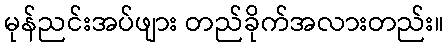
မုန်ညင်းအပ်ဖျား တည်ခိုက်အလားတည်း။